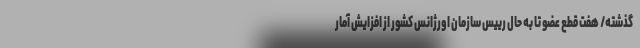
گذشته/ هفت قطع عضو تا به حال رییس سازمان اورژانس کشور از افزایش آمار